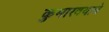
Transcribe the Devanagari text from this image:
कुमारवयाचे